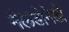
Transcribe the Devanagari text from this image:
मैलडोनेडो